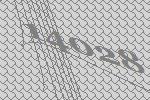
14028